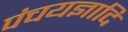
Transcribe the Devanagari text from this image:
पंचयज्ञादि